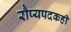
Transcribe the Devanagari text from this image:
रौप्यपदकही